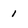
Character: 1